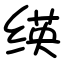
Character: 绬